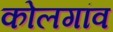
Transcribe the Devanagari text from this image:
कोलगांव